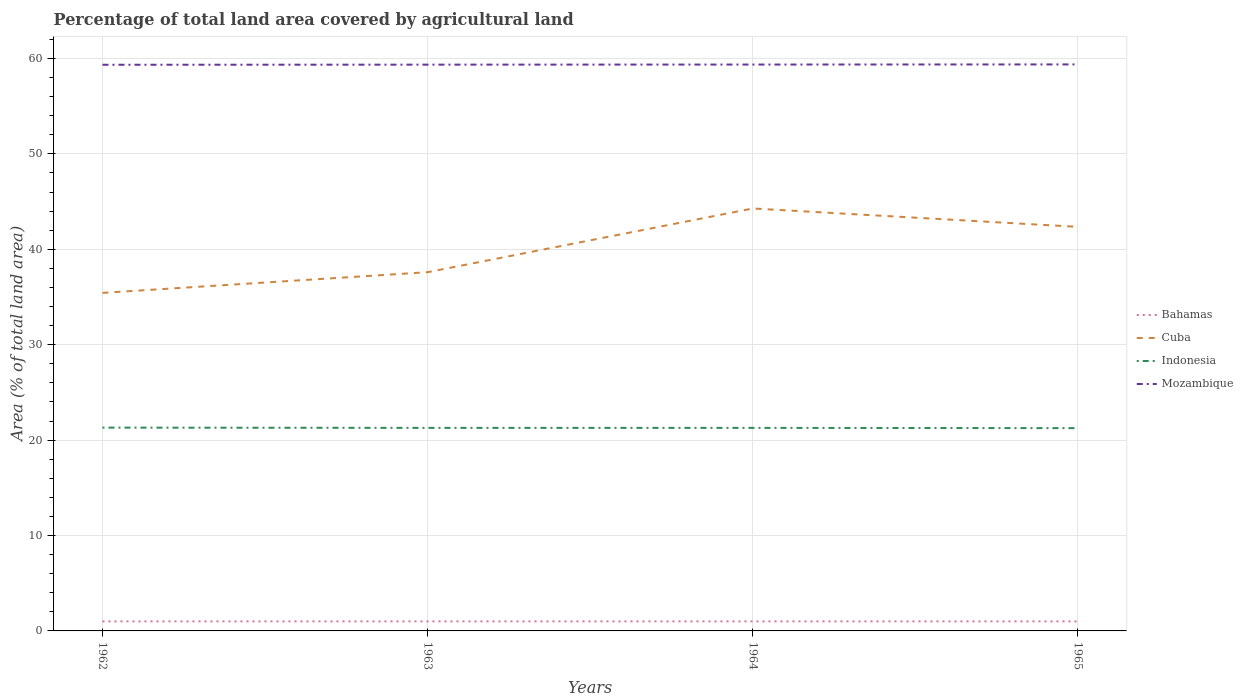
| Years | Bahamas | Cuba | Indonesia | Mozambique |
 | --- | --- | --- | --- | --- |
 | 1962 | 0.999 | 35.4 | 21.3 | 59.3 |
 | 1963 | 0.999 | 37.6 | 21.3 | 59.3 |
 | 1964 | 0.999 | 44.3 | 21.3 | 59.4 |
 | 1965 | 0.999 | 42.3 | 21.3 | 59.4 |